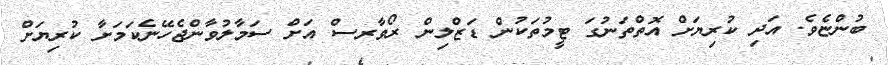
ބުންޏެވެ. އަދި ކުރިޔަށް އޮތްތަނުގަ ޓީމުތަކުން ޑަޒްލިން ރޯވާރސް އަށް ސަމާލުވާންޖެހޭނެކަމަށާ ކުރިޔަށް